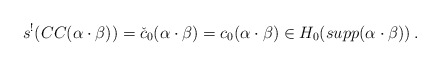
\begin{align*} s^!(CC(\alpha\cdot \beta))=\check{c}_0(\alpha\cdot \beta)=c_0(\alpha\cdot \beta) \in H_0(supp(\alpha\cdot \beta))\:.\end{align*}